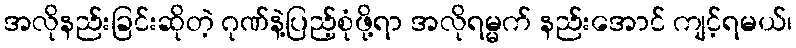
အလိုနည်းခြင်းဆိုတဲ့ ဂုဏ်နဲ့ပြည့်စုံဖို့ရာ အလိုရမ္မက် နည်းအောင် ကျင့်ရမယ်၊